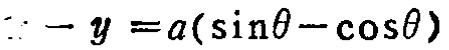
\(\therefore - y = a(\sin\theta-\cos\theta)\)